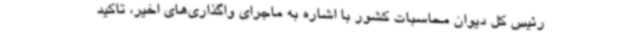
رئیس کل دیوان محاسبات کشور با اشاره به ماجرای واگذاری‌های اخیر، تاکید